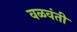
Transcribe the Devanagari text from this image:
वळवंती